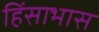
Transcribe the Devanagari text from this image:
हिंसाभास